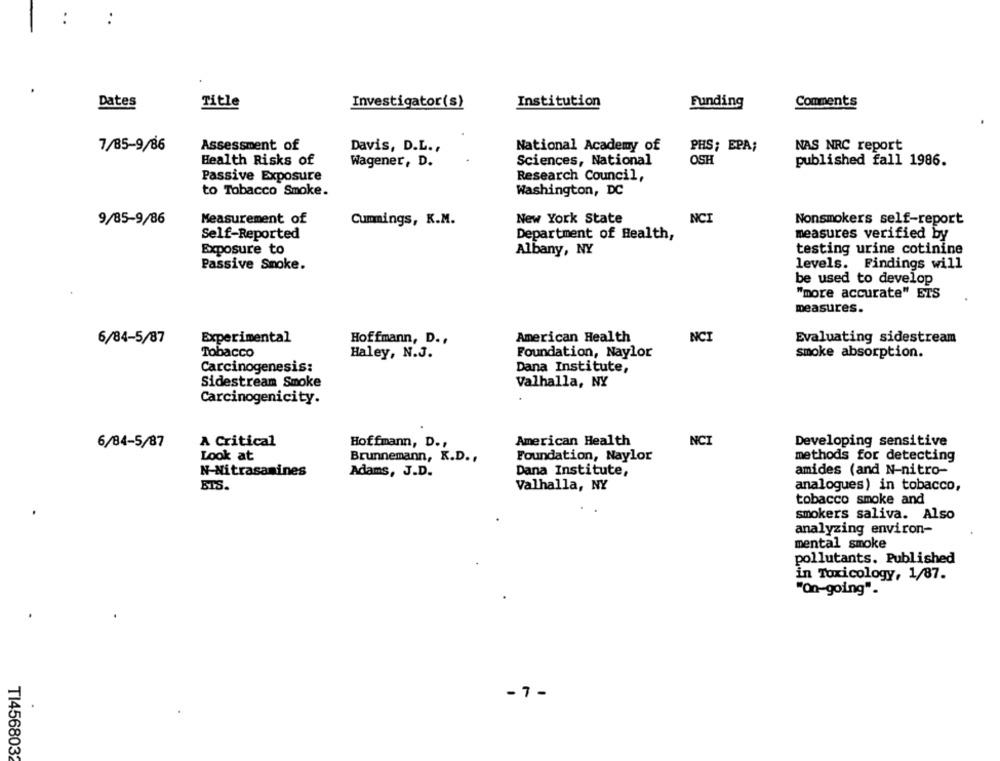
Dates
Title
Investigator(s)
Institution
Funding
Comments
7/85-9/86
Assessment of
Davis, D.L .,
National Academy of
PHS; EPA;
NAS NRC report
Health Risks of
Sciences, National
OSH
Wagener, D.
published fall 1986.
Passive Exposure
Research Council,
to Tobacco Smoke.
Washington, DC
9/85-9/86
Measurement of
Cummings, K.M.
New York State
NCI
Nonsmokers self-report
Self-Reported
Department of Health,
measures verified by
Exposure to
Albany, NY
testing urine cotinine
Passive Smoke.
levels. Findings will
be used to develop
"more accurate" ETS
measures.
6/84-5/87
Experimental
Hoffmann, D .,
American Health
NCI
Evaluating sidestream
Tobacco
Haley, N.J.
Foundation, Naylor
smoke absorption.
Carcinogenesis:
Dana Institute,
Sidestream Smoke
Valhalla, NY
Carcinogenicity.
A Critical
American Health
NCI
Developing sensitive
6/84-5/87
Hoffmann, D .,
Look at
Foundation, Naylor
methods for detecting
Brunnemann, K.D .,
N-Nitrasamines
Adams, J.D.
Dana Institute,
amides (and N-nitro-
BIS.
Valhalla, NY
analogues) in tobacco,
tobacco smoke and
smokers saliva. Also
analyzing environ-
mental smoke
pollutants. Published
in Toxicology, 1/87.
"On-going".
-7 -
TI456803